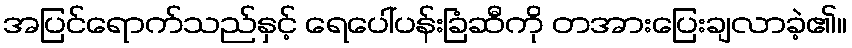
အပြင်ရောက်သည်နှင့် ရေပေါ်ပန်းခြံဆီကို တအားပြေးချလာခဲ့၏။